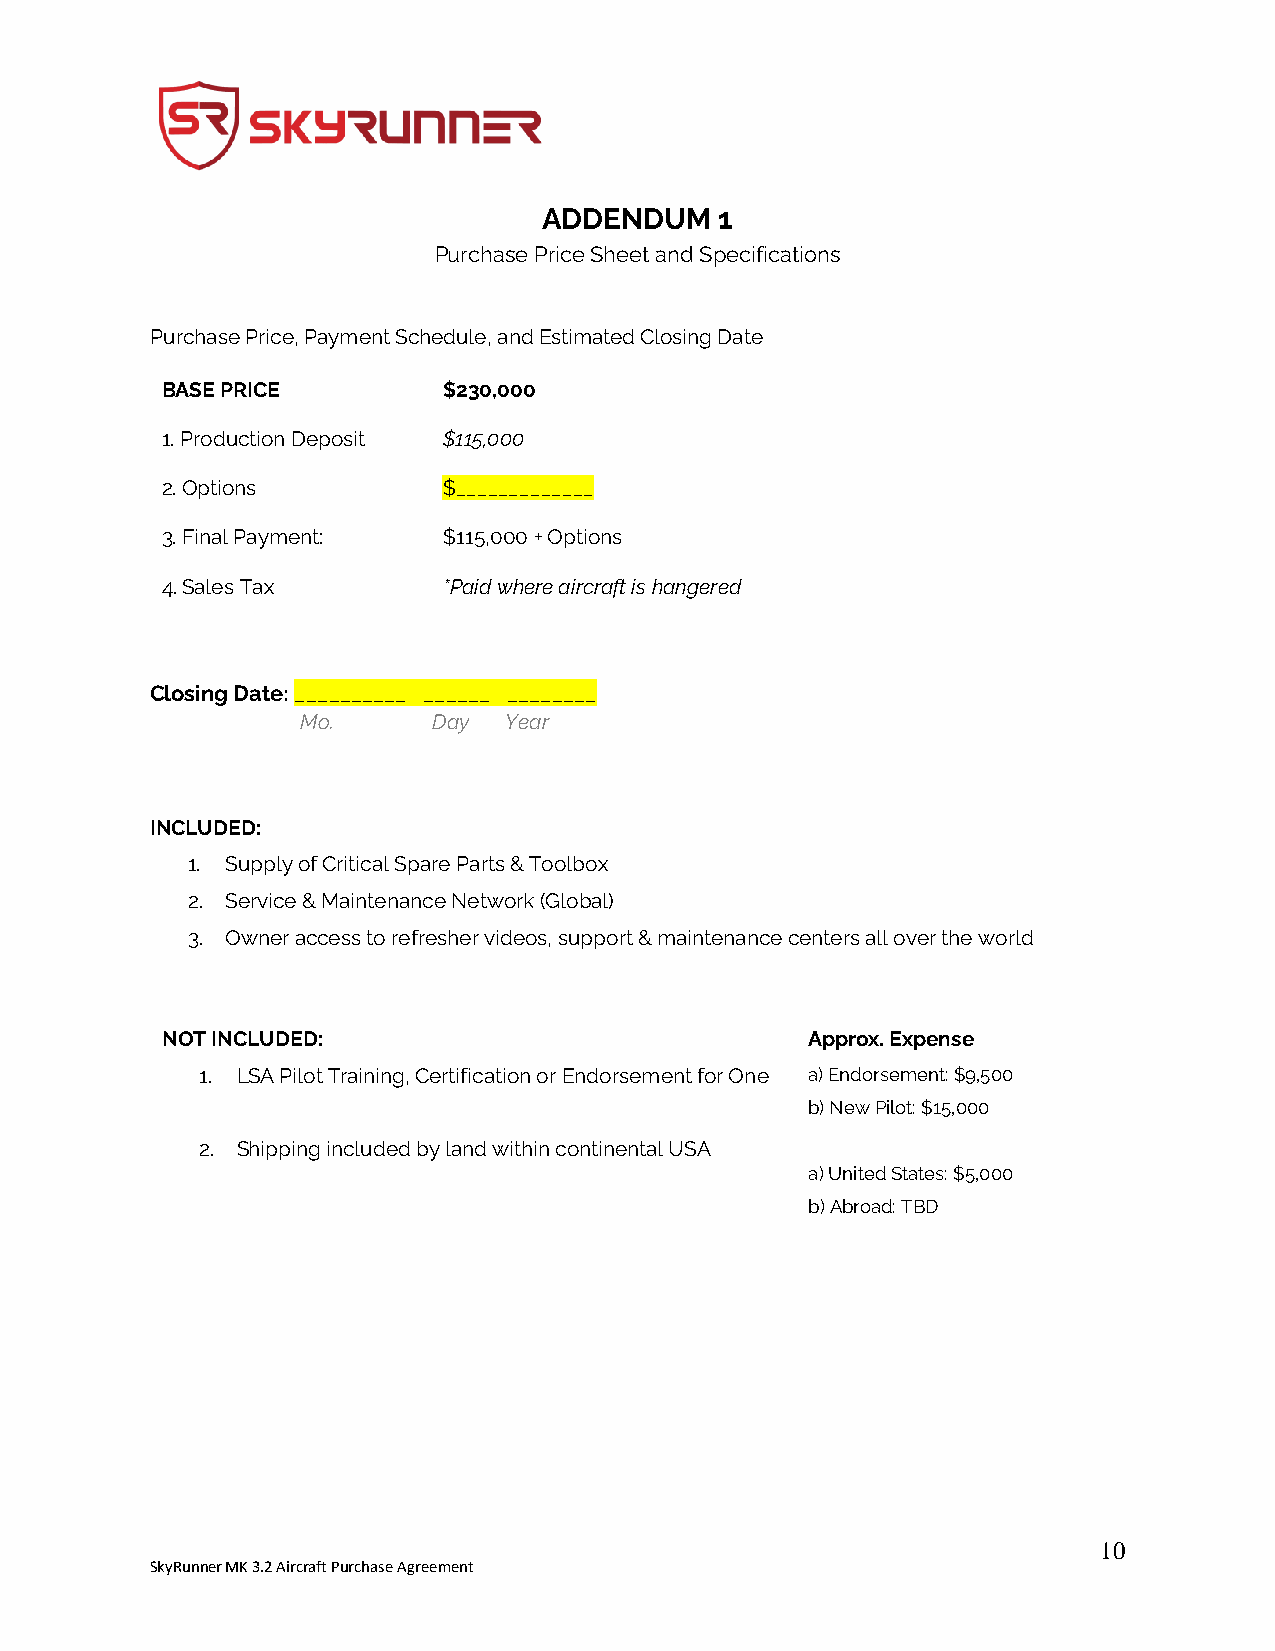
ADDENDUM    1
 Purchase Price Sheet and Specifications
 Purchase Price, Payment Schedule, and Estimated Closing Date
 BASE PRICE        $230,000
 1. Production Deposit $115,000
 2. Options        $_____________
 3. Final Payment: $115,000 + Options
 4. Sales Tax      *Paid where aircraft is hangered
 Closing Date: __________ ______ ________
 Mo.      Day Year
 INCLUDED:
 1. Supply of Critical Spare Parts & Toolbox
 2. Service & Maintenance Network (Global)
 3. Owner access to refresher videos, support & maintenance centers all over the world
 NOT INCLUDED:                              Approx. Expense
 1. LSA Pilot Training, Certification or Endorsement for One a) Endorsement: $9,500
 b) New Pilot: $15,000
 2. Shipping included by land within continental USA
 a) United States: $5,000
 b) Abroad: TBD
 10
 SkyRunner MK 3.2 Aircraft Purchase Agreement